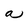
Character: a